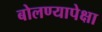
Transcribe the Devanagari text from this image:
बोलण्यापेक्षा